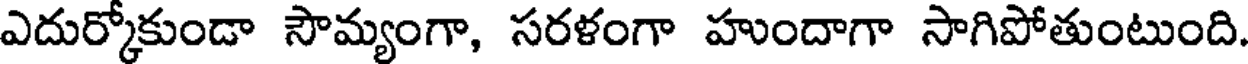
ఎదుర్కోకుండా సౌమ్యంగా, సరళంగా హుందాగా సాగిపోతుంటుంది.